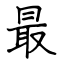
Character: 最